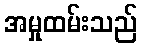
အမှုထမ်းသည်